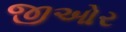
જીઓર